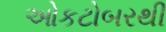
ઓકટોબરથી